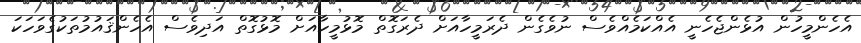
އެހެންމީހުން އުޅެންޖެހެނީ އެއްކަމެއްވެސް ނުވެގެން ދެރަމީހާއަށް ދެރަގޮތް މޮޅުމީހާއަށް މޮޅުގޮތް އަދިވެސް އެހެންޤައުމުތަކުގެވަހަކަ